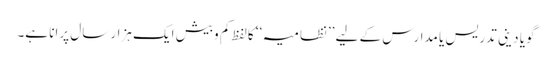
گویا دینی تدریس یا مدارس کے لیے ’’نظامیہ‘‘ کالفظ کم وبیش ایک ہزار سال پرانا ہے۔